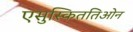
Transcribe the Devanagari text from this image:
एसुस्किततिओन